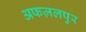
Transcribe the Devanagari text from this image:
अफज़लपुर